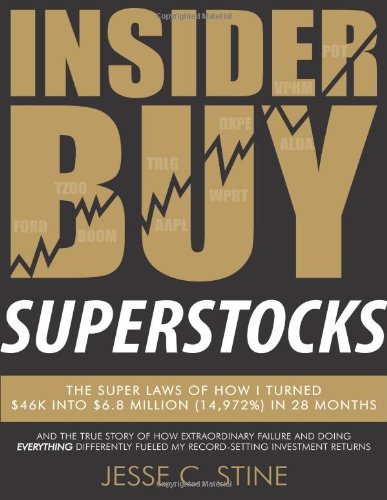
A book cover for Insider Buy Superstocks: The Super Laws of How I Turned $46K into $6.8 Million (14,972%) in 28 Months; Jesse C. Stine; Business & Money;